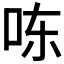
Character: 𰇎